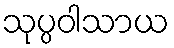
သုပ္ပဝါသာယ